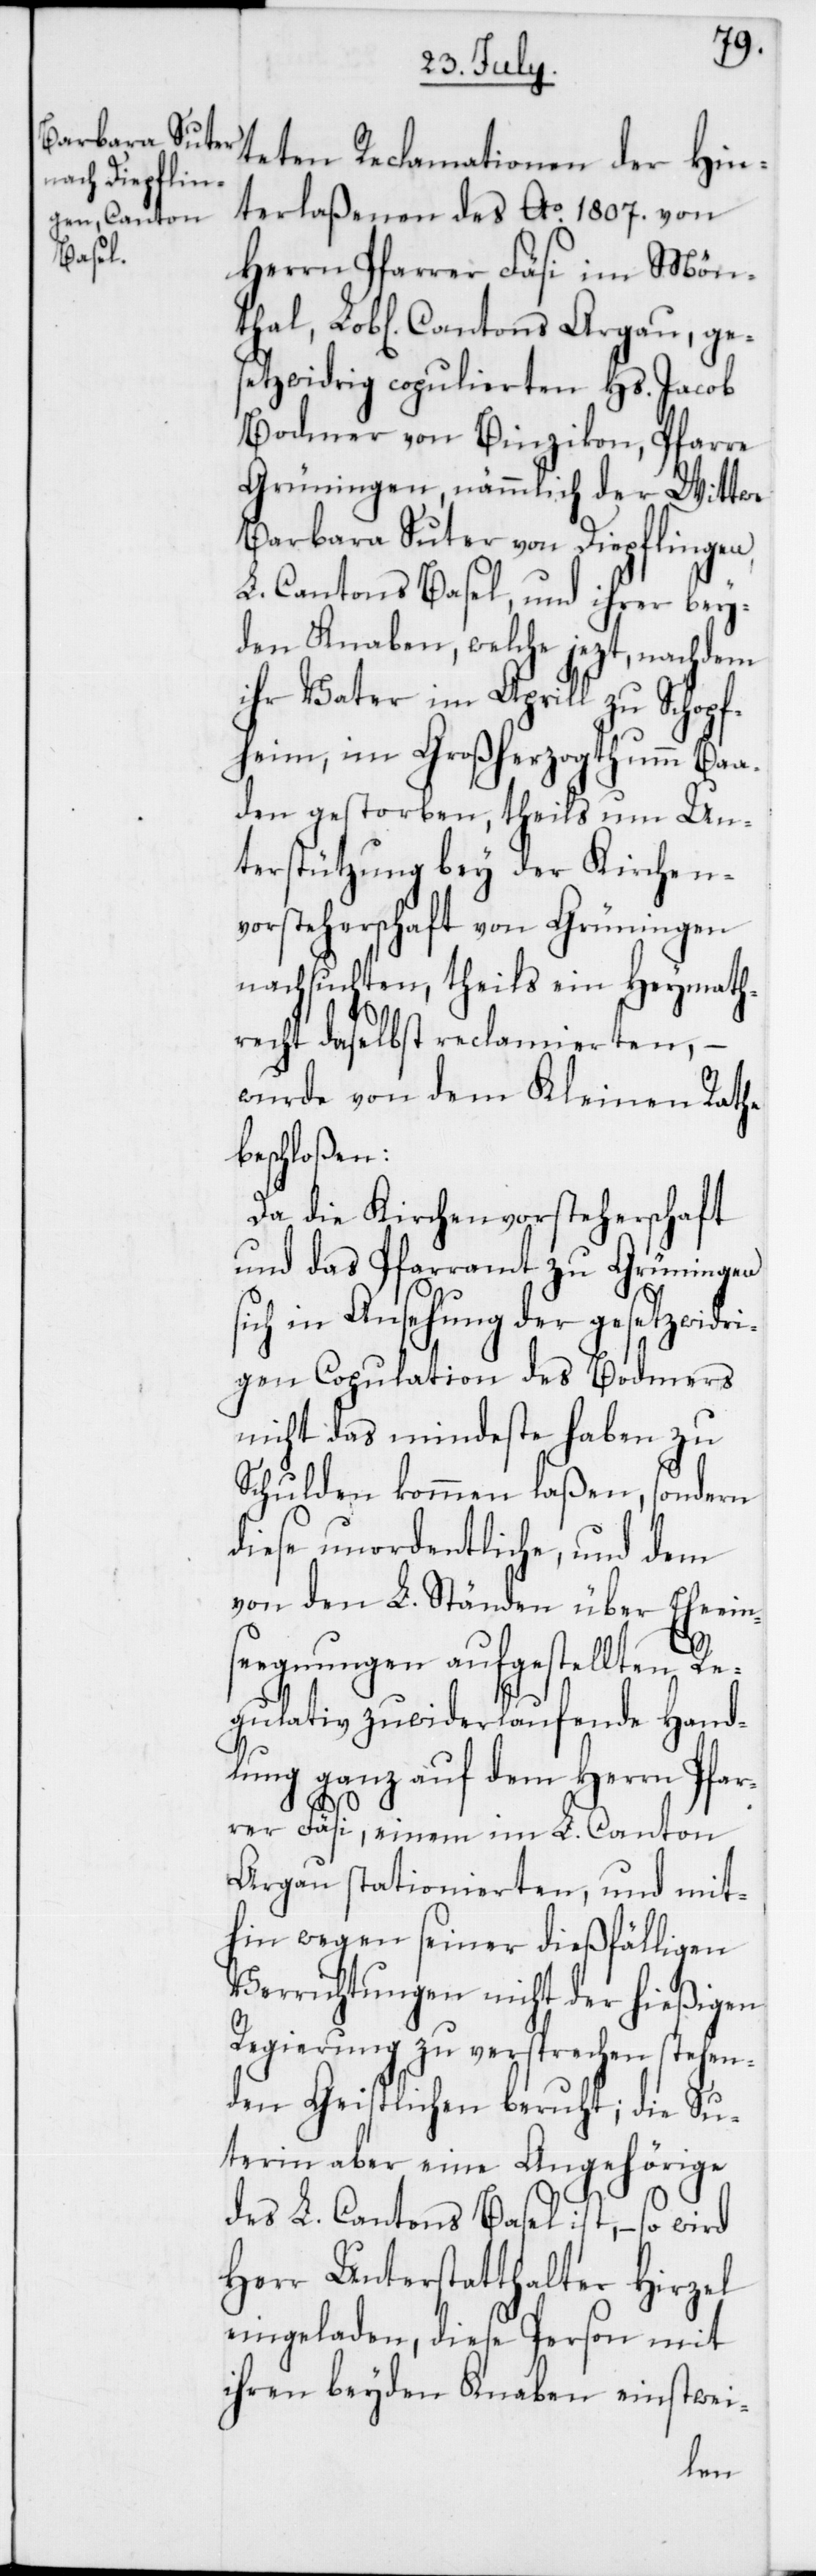
teten Reclamationen der Hin¬
terlaßenen des Ao. 1807. von
Herrn Pfarrer Fäsi im Mön¬
setzwidrig copulierten Hs. Jacob
Bodmer von Binzikon, Pfarre
Grüningen; nämmlich der Wittwe
Barbara Suter von Diepflingen,
L. Cantons Basel, und ihrer bey¬
den Knaben, welche jezt, nachdem
ihr Vater im Aprill zu Schopf¬
heim, im Großherzogthum Baa¬
den gestorben, theils um Un¬
terstützung bey der Kirchen¬
vorsteherschaft von Grüningen
nachsuchten, theils ein Heymath¬
recht daselbst reclamierten, –
wurde von dem Kleinen Rathe
beschloßen:
Da die Kirchenvorsteherschaft
und das Pfarramt zu Grüningen
sich in Ansehung der gesetzwidri¬
gen Copulation des Bodmers
nicht das mindeste haben zu
Schulden kommen laßen, sondern
diese unordentliche, und dem
von den L. Ständen über Eheein¬
seegnungen aufgestellten Re¬
gulativ zuwiderlaufende Hand¬
lung ganz auf dem Herrn Pfar¬
rer Fäsi, einem im L. Canton
Argau stationierten, und mit¬
hin wegen seiner dießfälligen
Verrichtungen nicht der hießigen
Regierung zu versprechen stehen¬
den Geistlichen beruht; die Su¬
terin aber eine Angehörige
des L. Cantons Basel ist, – so wird
Herr Unterstatthalter Hirzel
eingeladen, diese Person mit
ihren beyden Knaben einstwei-
ge¬